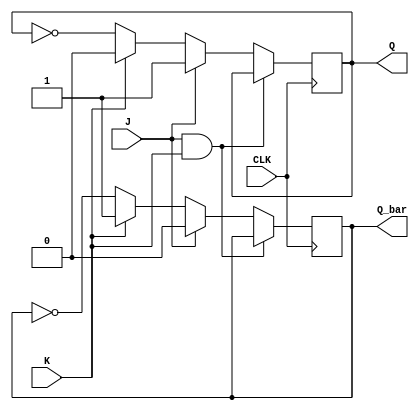
module jk_ff(
    input J,
    input K,
    input CLK,
    output reg Q,
    output reg Q_bar
);

always@(posedge CLK) begin
    if(J & K) begin
        Q <= Q;
        Q_bar <= Q_bar;
    end else if(J) begin
        Q <= 1'b1;
        Q_bar <= 1'b0;
    end else if(K) begin
        Q <= 1'b0;
        Q_bar <= 1'b1;
    end else begin
        Q <= ~Q;
        Q_bar <= ~Q_bar;
    end
end

endmodule